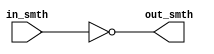
module invertor(
    input in_smth,
    output reg out_smth
    );
    
    always @(in_smth) 
        out_smth = ~ in_smth;
endmodule